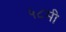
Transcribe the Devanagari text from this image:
५८मी